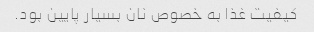
کیفیت غذا به خصوص نان بسیار پایین بود.